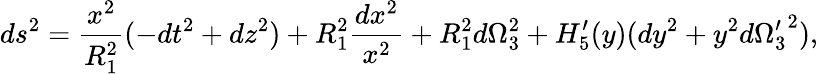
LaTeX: ds^{2}={\frac{x^{2}}{R_{1}^{2}}}(-dt^{2}+dz^{2})+R_{1}^{2}{\frac{dx^{2}}{x^{2}}}+R_{1}^{2}d\Omega_{3}^{2}+H_{5}^{\prime}(y)(dy^{2}+y^{2}d{\Omega_{3}^{\prime}}^{2}),